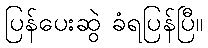
ပြန်ပေးဆွဲ ခံရပြန်ပြီ။